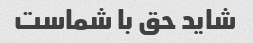
شاید حق با شماست